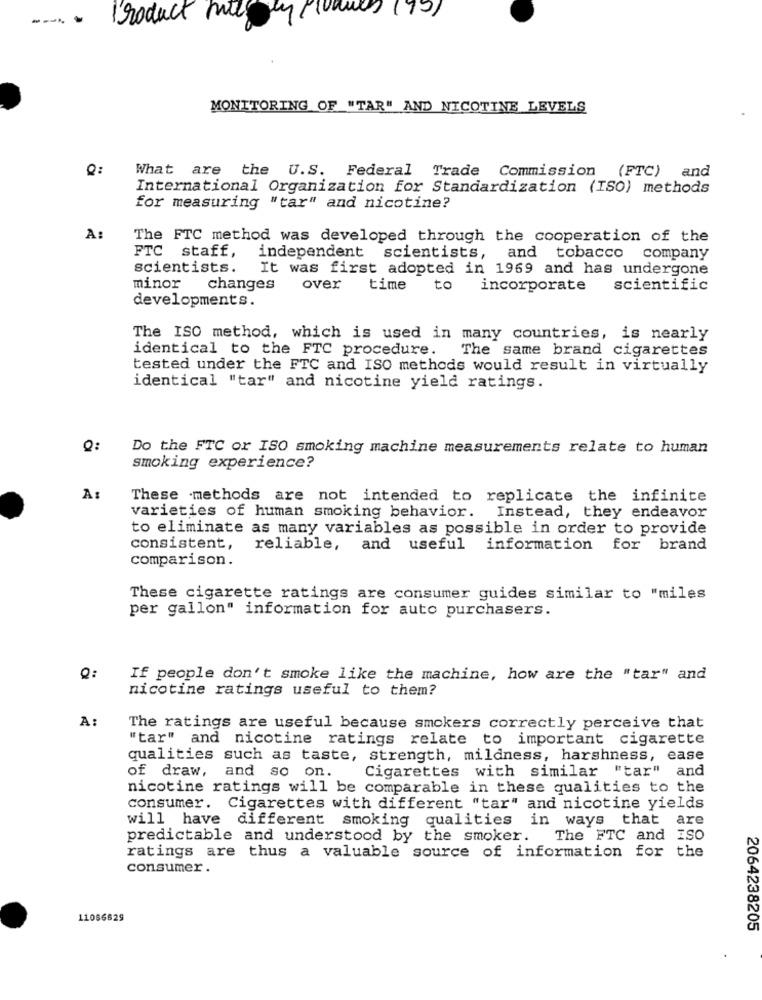
---
Product mies ly prennes (75)
MONITORING OF "TAR" AND NICOTINE LEVELS
Q:
What are the U.S. Federal Trade Commission (FTC) and
International Organization for Standardization (ISO) methods
for measuring "tar" and nicotine?
A:
The FTC method was developed through the cooperation of the
FTC staff,
independent scientists, and tobacco company
scientists.
It was first adopted in 1969 and has undergone
minor
changes
over
time
to
incorporate
scientific
developments.
The ISO method, which is used in many countries, is nearly
identical to the FTC procedure. The same brand cigarettes
tested under the FTC and ISO methods would result in virtually
identical "tar" and nicotine yield ratings.
Q:
Do the FTC or ISO smoking machine measurements relate to human
smoking experience?
A:
These methods are not intended to replicate the infinite
varieties of human smoking behavior. Instead, they endeavor
to eliminate as many variables as possible in order to provide
consistent, reliable, and useful information for brand
comparison.
These cigarette ratings are consumer guides similar to "miles
per gallon" information for auto purchasers.
Q:
If people don't smoke like the machine, how are the "tar" and
nicotine ratings useful to them?
The ratings are useful because smokers correctly perceive that
"tar" and nicotine ratings relate to important cigarette
qualities such as taste, strength, mildness, harshness, ease
Cigarettes with similar "tar" and
of draw, and so on.
nicotine ratings will be comparable in these qualities to the
consumer. Cigarettes with different "tar" and nicotine yields
will have different smoking qualities in ways that are
predictable and understood by the smoker.
The FTC and ISO
ratings are thus a valuable source of information for the
consumer .
11066629
2064238205